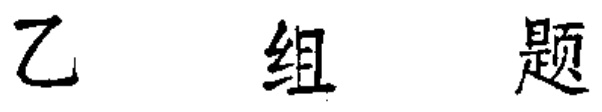
乙 组 题